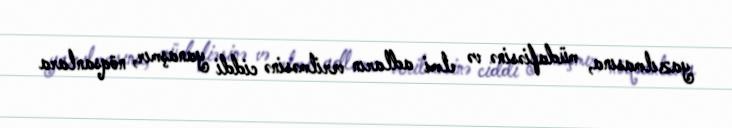
yazılmasına, müdafiəsinə və elmi adların verilməsinə ciddi yanaşmır, nöqsanlara